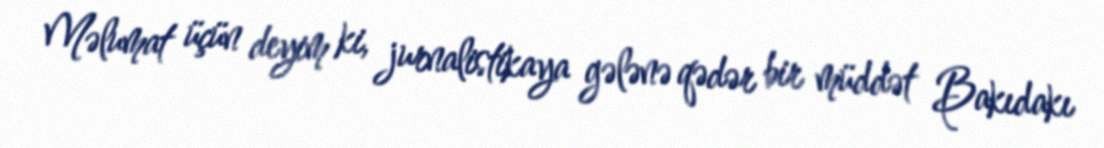
Məlumat üçün deyim ki, jurnalistikaya gələnə qədər bir müddət Bakıdakı